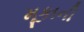
મૂકાની